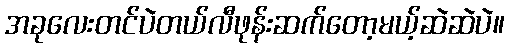
အခုလေးတင်ပဲတယ်လီဖုန်းဆက်တော့မယ့်ဆဲဆဲပဲ။